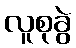
လူစုခွဲ